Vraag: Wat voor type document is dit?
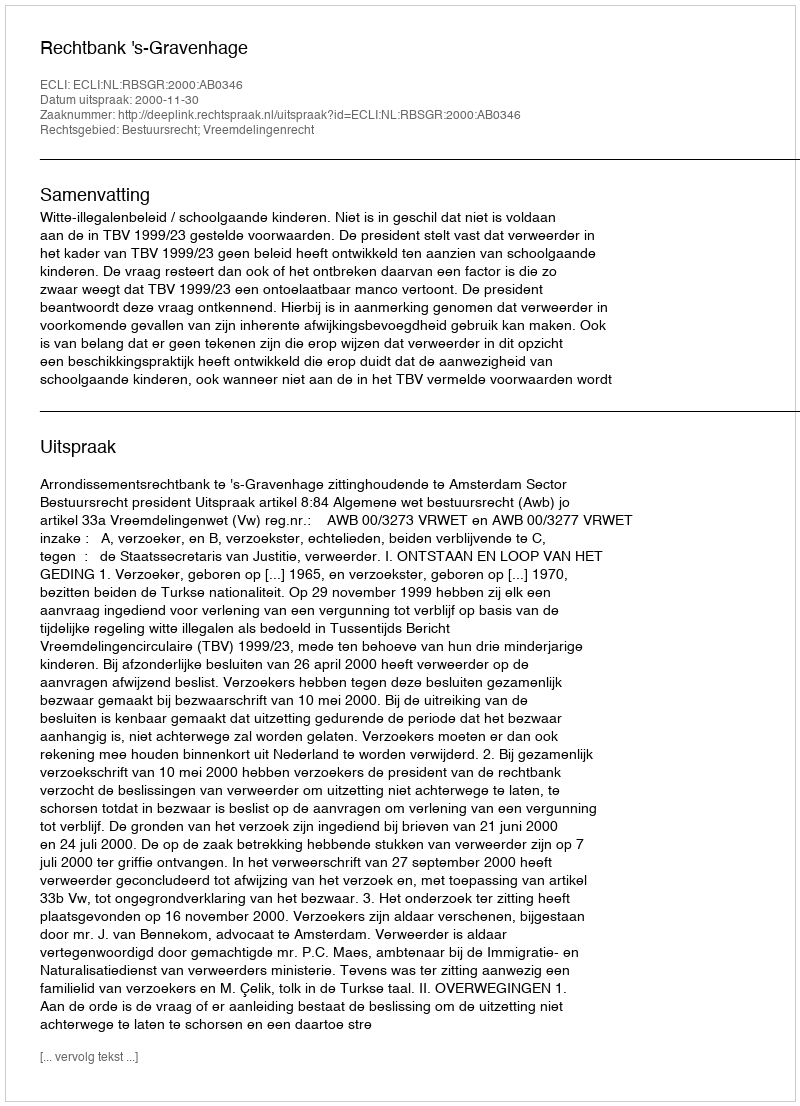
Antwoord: Uitspraak